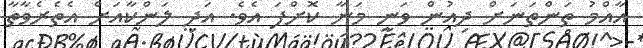
އާއްމު ތަންތަނަށް ދިއުން ވަނީ މަނާ ކޮށްފަ އެވެ. އަދި ލަންކާއަށް އެތެރެވާތާ